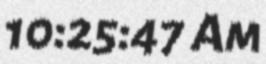
10:25:47 Am